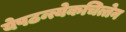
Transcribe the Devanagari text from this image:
येपठन्त्येकचित्तेन